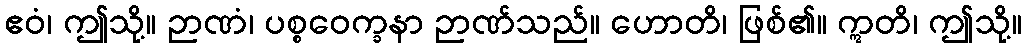
ဧဝံ၊ ဤသို့။ ဉာဏံ၊ ပစ္စဝေက္ခနာ ဉာဏ်သည်။ ဟောတိ၊ ဖြစ်၏။ ဣတိ၊ ဤသို့။